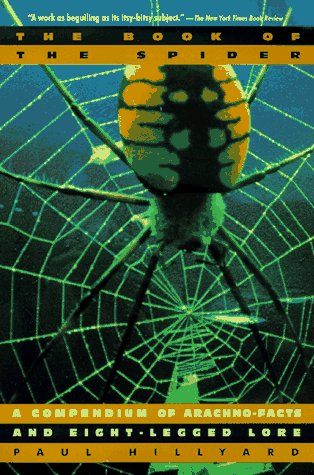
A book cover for Book of the Spider; Paul Hillyard; Sports & Outdoors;